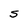
Character: S